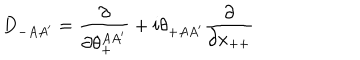
D _ { - A A ^ { \prime } } = { \frac { \partial } { \partial \theta _ { + } ^ { A A ^ { \prime } } } } + i \theta _ { + A A ^ { \prime } } { \frac { \partial } { \partial x _ { + + } } }